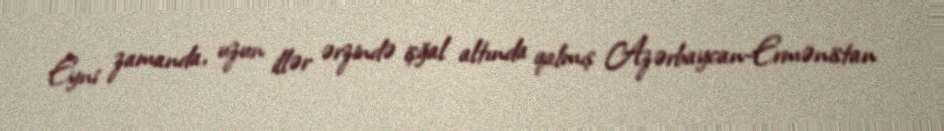
Eyni zamanda, uzun illər ərzində işğal altında qalmış Azərbaycan-Ermənistan